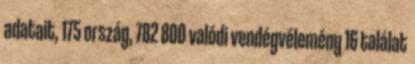
adatait, 175 ország, 782 800 valódi vendégvélemény 16 találat